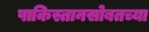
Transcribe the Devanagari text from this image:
पाकिस्तानसोबतच्या